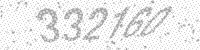
Solution: 332160